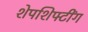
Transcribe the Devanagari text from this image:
शेपशिफ्टींग